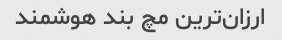
ارزان‌ترین مچ بند هوشمند